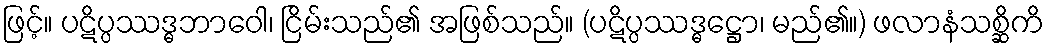
ဖြင့်။ ပဋိပ္ပဿဒ္ဓဘာဝေါ၊ ငြိမ်းသည်၏ အဖြစ်သည်။ (ပဋိပ္ပဿဒ္ဓဋ္ဌော၊ မည်၏။) ဖလာနံသစ္ဆိကိ